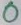
Text: 0